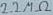
Text: 2.2KΩ